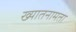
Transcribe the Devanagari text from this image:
ख्यातनामता